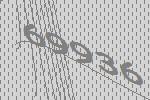
69936